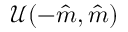
\mathcal { U } ( - \hat { m } , \hat { m } )